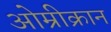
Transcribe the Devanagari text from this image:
ओम्रीक्रान